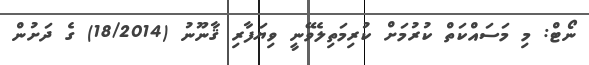
ނޯޓް: މި މަސައްކަތް ކުރުމަށް ކުރިމަތިލެވޭނީ ވިޔަފާރި ޤާނޫނު (18/2014) ގެ ދަށުން